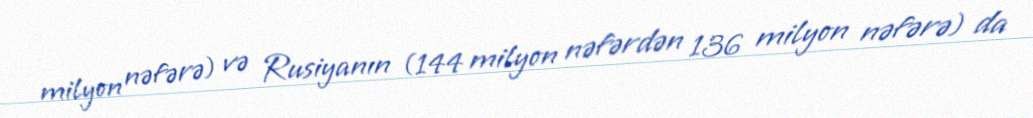
milyon nəfərə) və Rusiyanın (144 milyon nəfərdən 136 milyon nəfərə) da